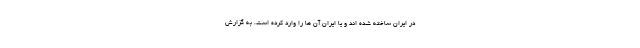
در ایران ساخته شده اند و یا ایران آن ها را وارد کرده است. به گزارش